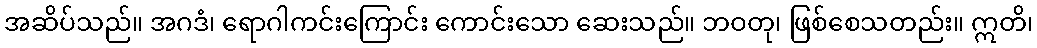
အဆိပ်သည်။ အဂဒံ၊ ရောဂါကင်းကြောင်း ကောင်းသော ဆေးသည်။ ဘဝတု၊ ဖြစ်စေသတည်း။ ဣတိ၊